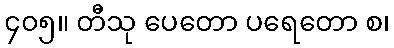
၄၀၅။ တီသု ပေတော ပရေတော စ၊